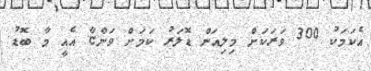
އެކަމަކު 300 ވަރަކަށް މިލިއަން ޑޮލަރު ކަމަށް ވަންޏާ އެއީ މާ ބޮޑު